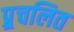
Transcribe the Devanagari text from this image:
प्र्र्रचलित